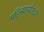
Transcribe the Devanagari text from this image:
महिन्यापर्यंतच्या